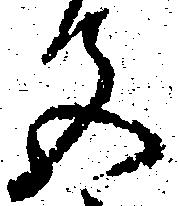
色